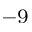
^ { - 9 }